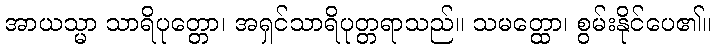
အာယသ္မာ သာရိပုတ္တော၊ အရှင်သာရိပုတ္တရာသည်။ သမတ္ထော၊ စွမ်းနိုင်ပေ၏။